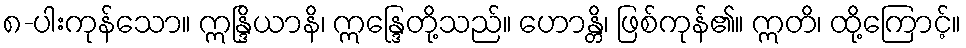
၈-ပါးကုန်သော။ ဣန္ဒြိယာနိ၊ ဣန္ဒြေတို့သည်။ ဟောန္တိ၊ ဖြစ်ကုန်၏။ ဣတိ၊ ထို့ကြောင့်။